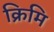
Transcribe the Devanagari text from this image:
क्रिमि